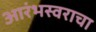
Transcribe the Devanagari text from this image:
आरंभस्वराचा